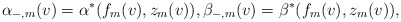
\begin{align*} \alpha_{-,m}(v)=\alpha^\ast(f_m(v),z_m(v)),\beta_{-,m}(v)=\beta^\ast(f_m(v),z_m(v)),\end{align*}